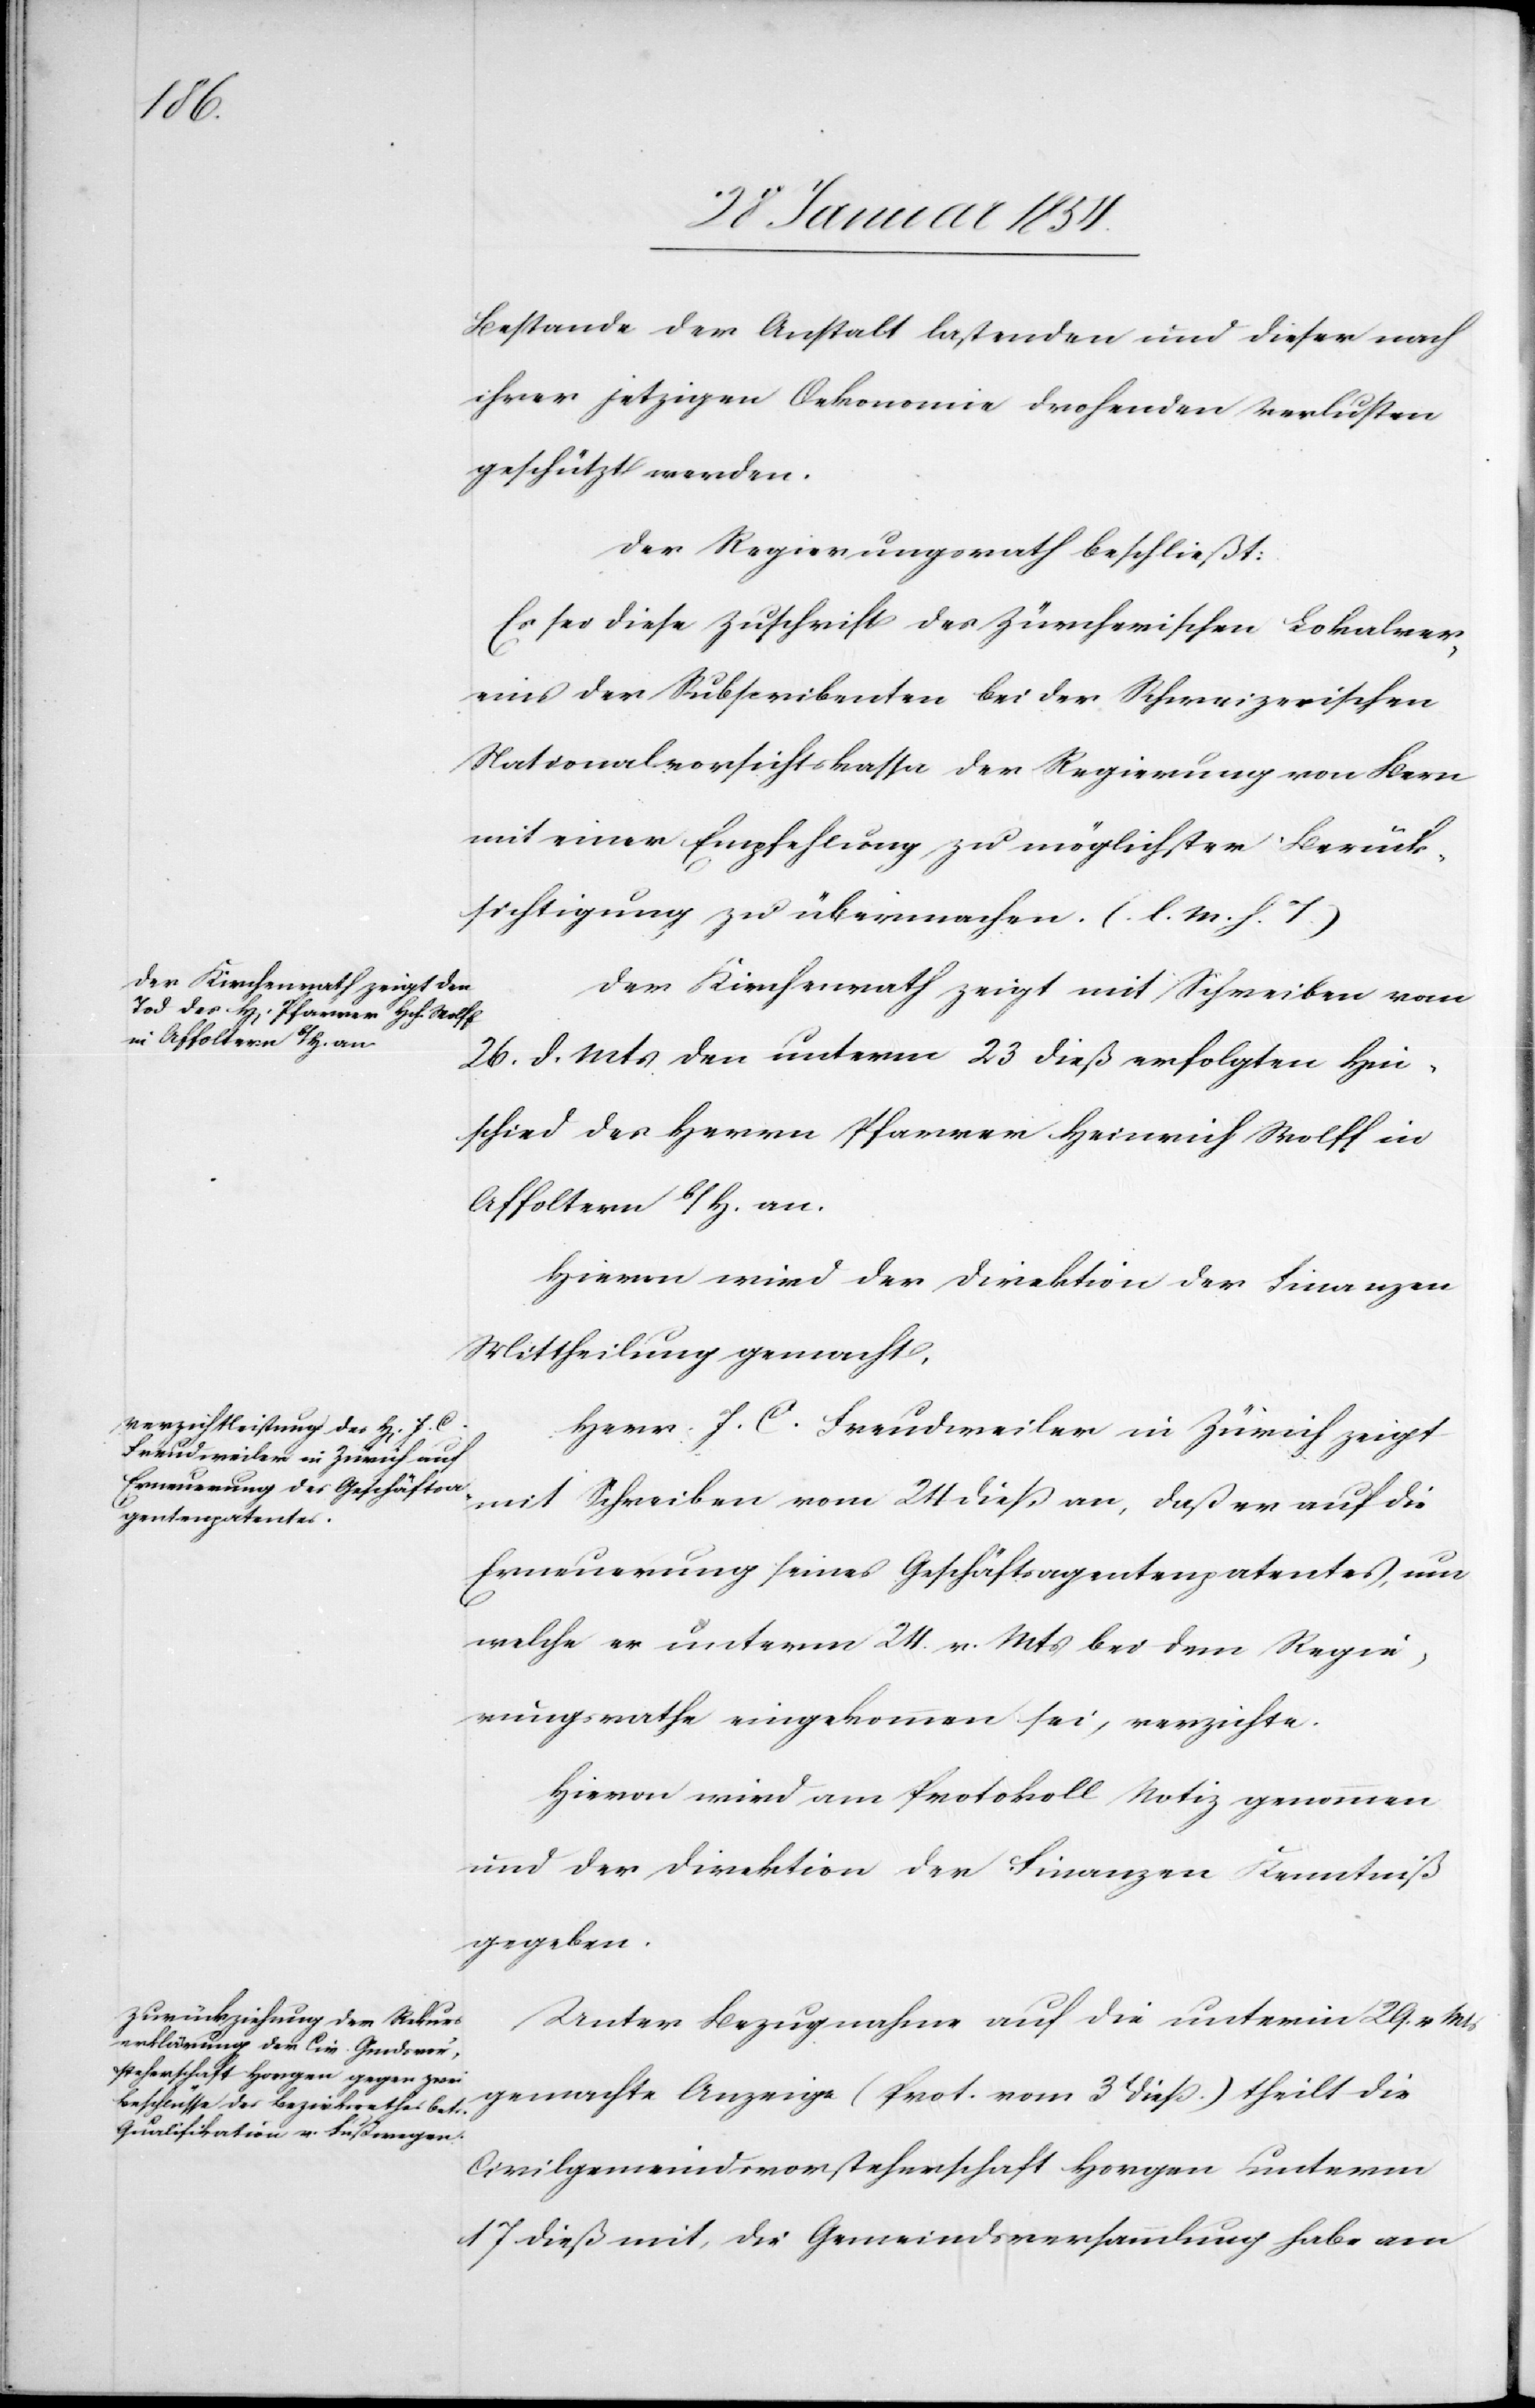
Bestande der Anstalt lastenden und dieser nach
ihrer jetzigen Oekonomie drohenden Verlusten
geschützt werden.
Der Regierungsrath beschließt:
Es sei diese Zuschrift des Zürcherischen Lokalver¬
eins der Subscribenten bei der Schweizerischen
Nationalvorsichtskasse der Regierung von Bern
mit einer Empfehlung zu möglichster Berück¬
sichtigung zu übermachen. (l. M. h. T.)
Der Kirchenrath zeigt mit Schreiben vom
26. d. Mts den unterm 23 dieß erfolgten Hin¬
schied des Herrn Pfarrer Heinrich Wolff in
Affolter b/H. an.
Herr J. C. Freudweiler in Zürich zeigt
mit Schreiben vom 24 dieß an, daß er auf die
Erneuerung seines Geschäftsagentenpatentes, um
welche[s] er unterm 24. v. Mts bei dem Regie¬
rungsrathe eingekommen sei, verzichte.
Hievon wird am Protokoll Notiz genommen
und der Direktion der Finanzen Kenntniß
gegeben.
Unter Bezugnahme auf die unterm 29. v. Mts
gemachte Anzeige (Prot. vom 31 dieß.) theilt die
Civilgemeindsvorsteherschaft Horgen unterm
17 dieß mit, die Gemeindsversammlung habe am